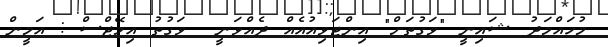
މުހައްމަދު ޝައިނީ "ވަގުތަށް" އިންޓަވިއުއެއް ދެއްވަނީ  ވަގުތު އިމޭޖްސް : އަމީން